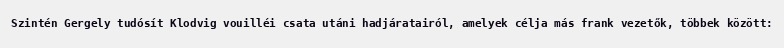
Szintén Gergely tudósít Klodvig vouilléi csata utáni hadjáratairól, amelyek célja más frank vezetők, többek között: